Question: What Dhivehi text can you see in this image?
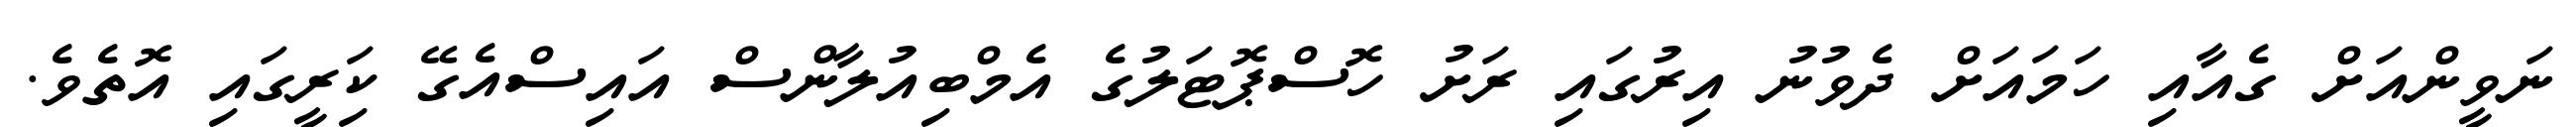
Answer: ނަވީންއަށް ގެއާއި ހަމައަށް ދެވުނު އިރުގައި ރަށު ހޮސްޕޮޓަލުގެ އެމްބިއުލާންސް އައިސްއެގޭ ކަިރީގައި އޮތެވެ.